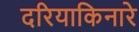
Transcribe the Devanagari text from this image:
दरियाकिनारे